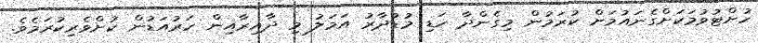
ހުށްޓުވުމަކަށްގެނައުމަށް ކުރަމުން މިގެންދާ ހަޑި މުޑުދާރު އަމަލު މި ދާއިރާއިން ހަރުއަޑުން ކުށްވެރިކުރަމެވެ.